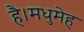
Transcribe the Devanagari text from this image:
है।मधुमेह